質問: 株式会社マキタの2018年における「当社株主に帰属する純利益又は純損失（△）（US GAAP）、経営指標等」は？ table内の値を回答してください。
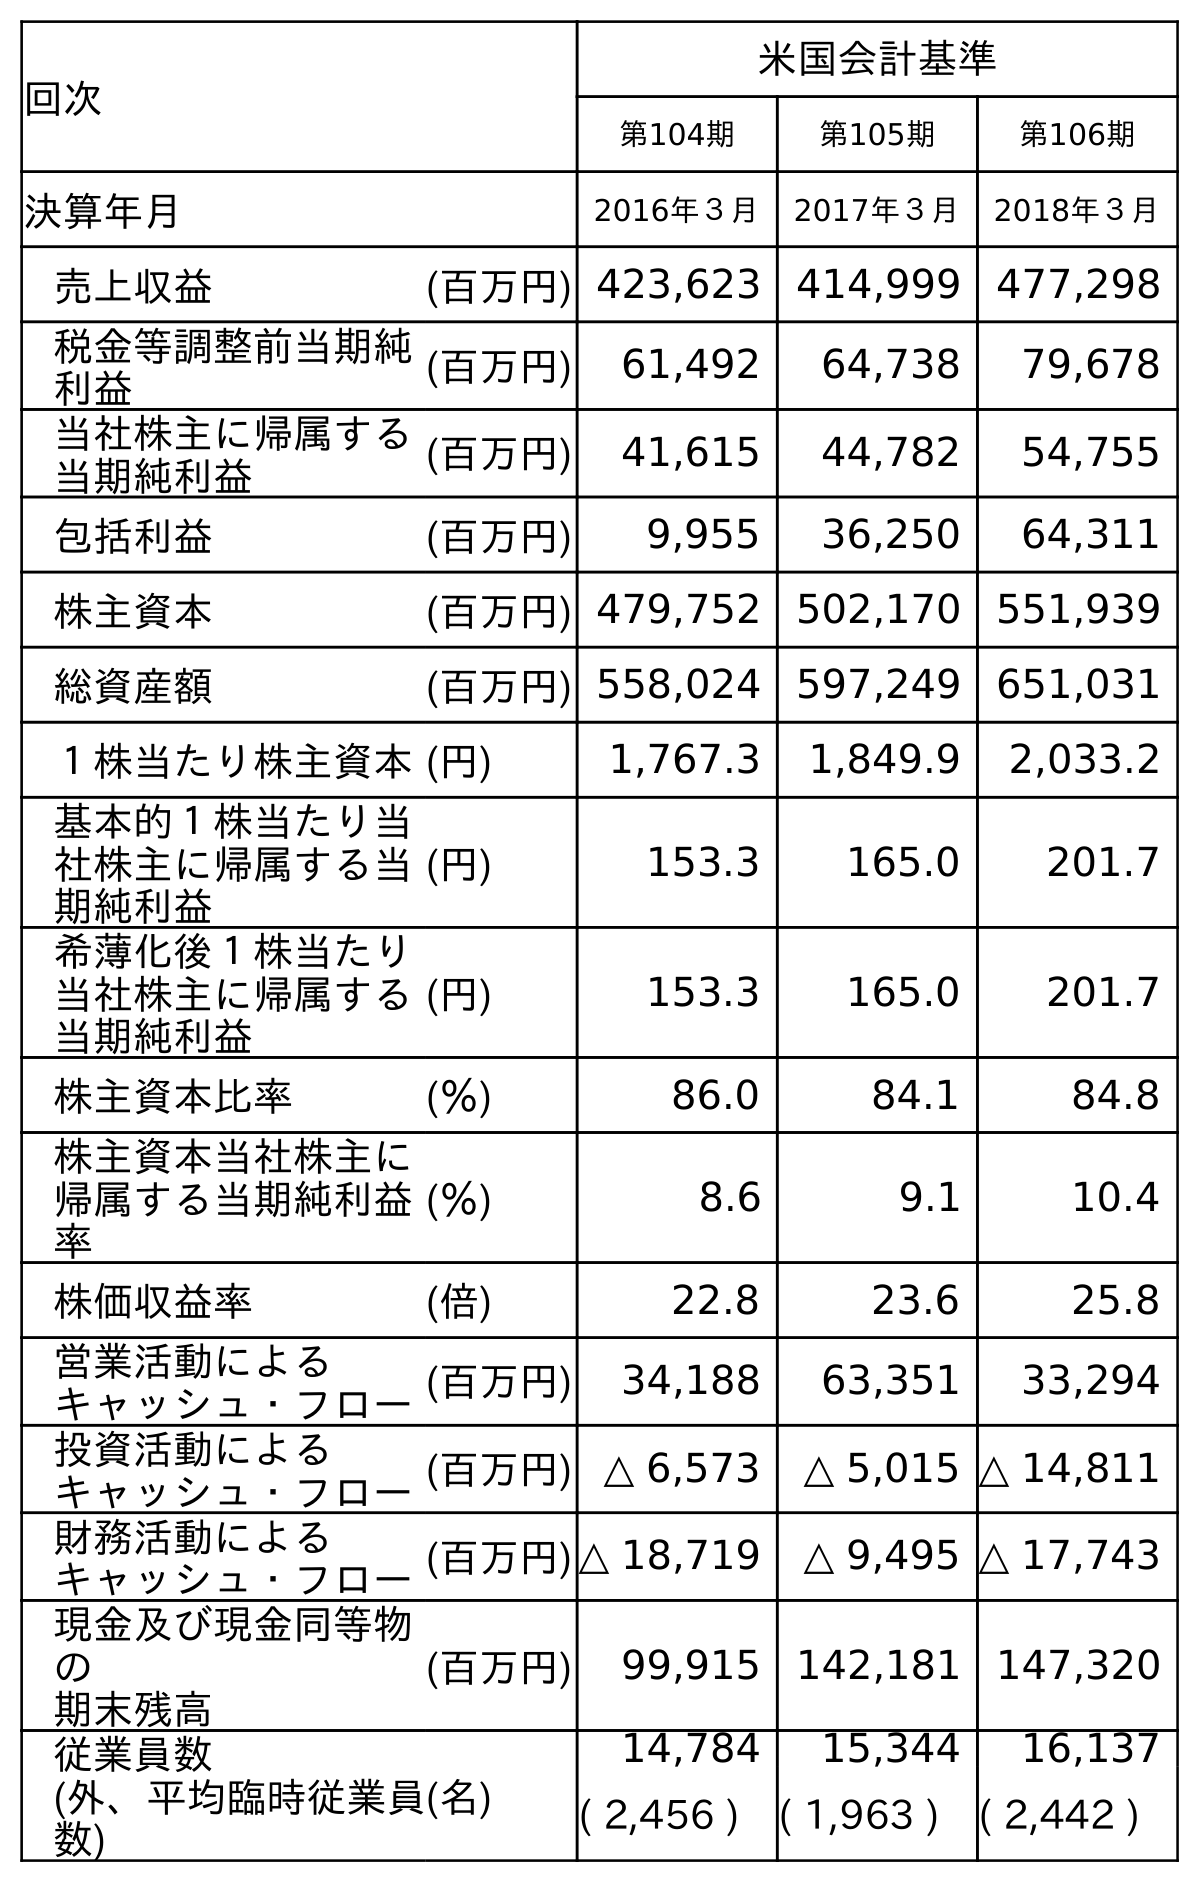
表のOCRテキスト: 回次 米国会計基準 第104期 第105期 第106期 決算年月 2016年３月 2017年３月 2018年３月 売上収益 (百万円) 423,623 414,999 477,298 税金等調整前当期純 利益 (百万円) 61,492 64,738 79,678 当社株主に帰属する 当期純利益 (百万円) 41,615 44,782 54,755 包括利益 (百万円) 9,955 36,250 64,311 株主資本 (百万円) 479,752 502,170 551,939 総資産額 (百万円) 558,024 597,249 651,031 １株当たり株主資本(円) 1,767.3 1,849.9 2,033.2 基本的１株当たり当 社株主に帰属する当 期純利益 (円) 153.3 165.0 201.7 希薄化後１株当たり 当社株主に帰属する 当期純利益 (円) 153.3 165.0 201.7 株主資本比率 (％) 86.0 84.1 84.8 株主資本当社株主に 帰属する当期純利益 率 (％) 8.6 9.1 10.4 株価収益率 (倍) 22.8 23.6 25.8 営業活動による キャッシュ・フロー(百万円) 34,188 63,351 33,294 投資活動による キャッシュ・フロー(百万円) △ 6,573 △ 5,015 △ 14,811 財務活動による キャッシュ・フロー(百万円)△ 18,719 △ 9,495 △ 17,743 現金及び現金同等物 の 期末残高 (百万円) 99,915 142,181 147,320 従業員数 (外、平均臨時従業員 数) (名) 14,784 15,344 16,137 ( 2,456 ) ( 1,963 ) ( 2,442 )
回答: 54,755